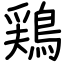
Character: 鶏